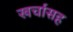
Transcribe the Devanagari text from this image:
खर्चासह